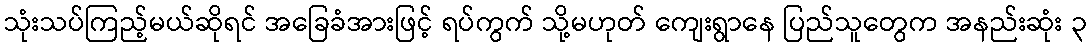
သုံးသပ်ကြည့်မယ်ဆိုရင် အခြေခံအားဖြင့် ရပ်ကွက် သို့မဟုတ် ကျေးရွာနေ ပြည်သူတွေက အနည်းဆုံး ၃